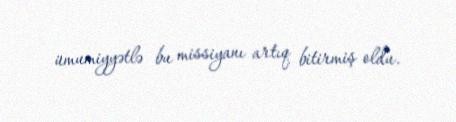
ümumiyyətlə bu missiyanı artıq bitirmiş oldu.